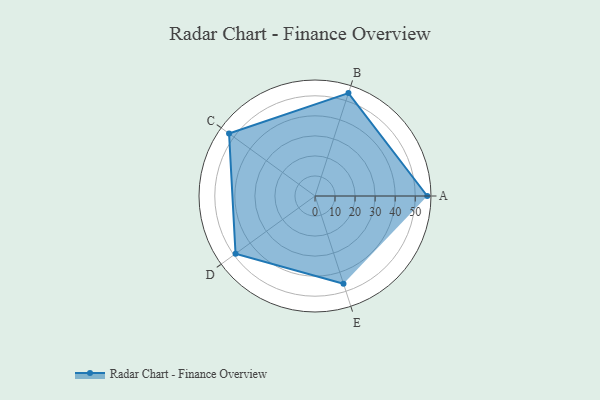
{"axis": {"x": "Skill", "y": "Score"}, "legend": ["Profile"], "data": [{"x": "A", "y": 56.0, "type": "Profile"}, {"x": "B", "y": 54.0, "type": "Profile"}, {"x": "C", "y": 53.0, "type": "Profile"}, {"x": "D", "y": 49.0, "type": "Profile"}, {"x": "E", "y": 46.0, "type": "Profile"}]}